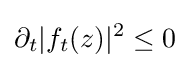
\partial _{t}|f_{t}(z)|^{2}\leq 0